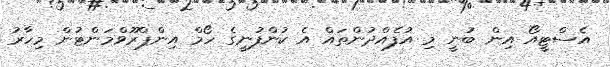
އެސްޓީއޯ އިން ބުނީ މި އުފެއްދުންތައް އެ ކުންފުނީގެ ހޯމް އިންޕްރޫވްމަންޓުން މިހާރު